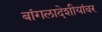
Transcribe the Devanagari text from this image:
बांगलादेशीयांवर